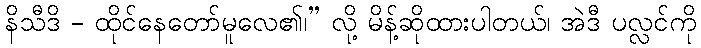
နိသီဒိ - ထိုင်နေတော်မူလေ၏၊” လို့ မိန့်ဆိုထားပါတယ်၊ အဲဒီ ပလ္လင်ကို